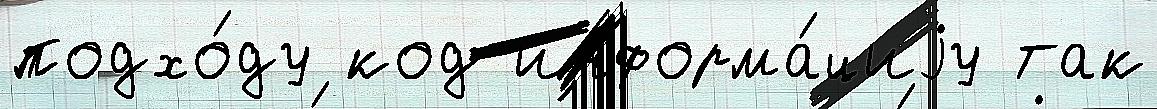
подхо́ду код информа́циjу так